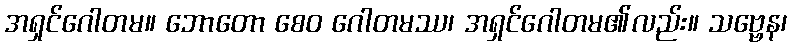
အရှင်ဂေါတမ။ ဘောတော စေဝ ဂေါတမဿ၊ အရှင်ဂေါတမ၏လည်း။ သဗ္ဗေန၊